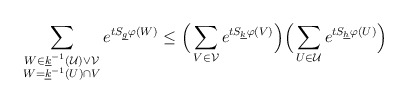
\begin{align*} \sum_{\substack{W \in \underline{k}^{-1}(\mathcal{U}) \vee\mathcal{V} \\ W= \underline{k}^{-1}(U) \cap V}} e^{t S_{\underline{g}}\varphi(W)} &\leq \Big( \sum_{V\in \mathcal{V}} e^{t S_{\underline{k}} \varphi(V)} \Big)\Big(\sum_{U\in \mathcal{U}}e^{t S_{\underline{h}}\varphi(U )} \Big)\end{align*}